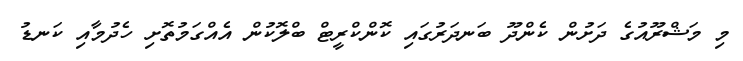
މި މަޝްރޫއުގެ ދަށުން ކެންދޫ ބަނދަރުގައި ކޮންކްރީޓް ބްލޮކުން އެއްގަމުތޮށި ހެދުމާއި ކަނޑު